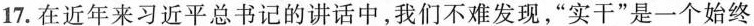
17.在近年来习近平总书记的讲话中，我们不难发现，“实干”是一个始终